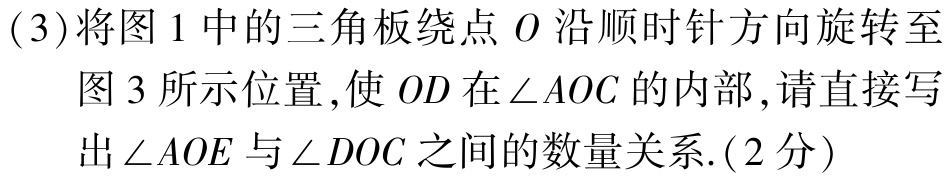
(3)将图1中的三角板绕点\(O\)沿顺时针方向旋转至图3所示位置,使\(OD\)在\(\angle AOC\)的内部,请直接写出\(\angle AOE\)与\(\angle DOC\)之间的数量关系.(2分)